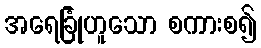
အရေခြုံဟူသော စကားစ၍